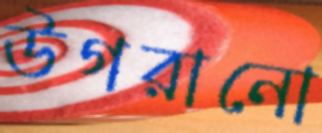
উগরানো